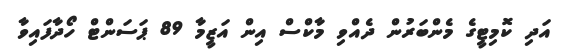
އަދި ކޮމިޓީގެ މެންބަރުން ދެއްވި މާކްސް އިން އަޒީމާ 89 ޕަސަންޓް ހޯދާފައިވާ